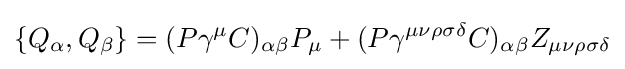
\{Q_{\alpha },Q_{\beta }\}=(P\gamma ^{\mu }C)_{\alpha \beta }P_{\mu }+(P\gamma ^{\mu \nu \rho \sigma \delta }C)_{\alpha \beta }Z_{\mu \nu \rho \sigma \delta }